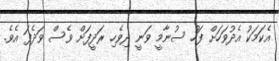
އެކަމަކު އެދުވަހަށް ފަހު ސުނާމީ ވަނީ ދިވެހި ރަދީފަށް ވެސް ވަދެފަ އެވެ.